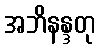
အဘိနန္ဒတု